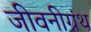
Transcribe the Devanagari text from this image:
जीवनीग्रंथ